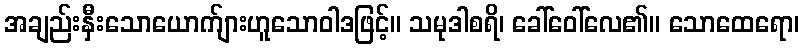
အချည်းနှီးသောယောက်ျားဟူသောဝါဒဖြင့်။ သမုဒါစရိ၊ ခေါ်ဝေါ်လေ၏။ သောထေရော၊